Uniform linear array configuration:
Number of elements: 16
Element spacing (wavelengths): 0.5
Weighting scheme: hamming
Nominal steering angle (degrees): -60
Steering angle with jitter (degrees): -58.679
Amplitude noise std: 0.05
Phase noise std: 0.05

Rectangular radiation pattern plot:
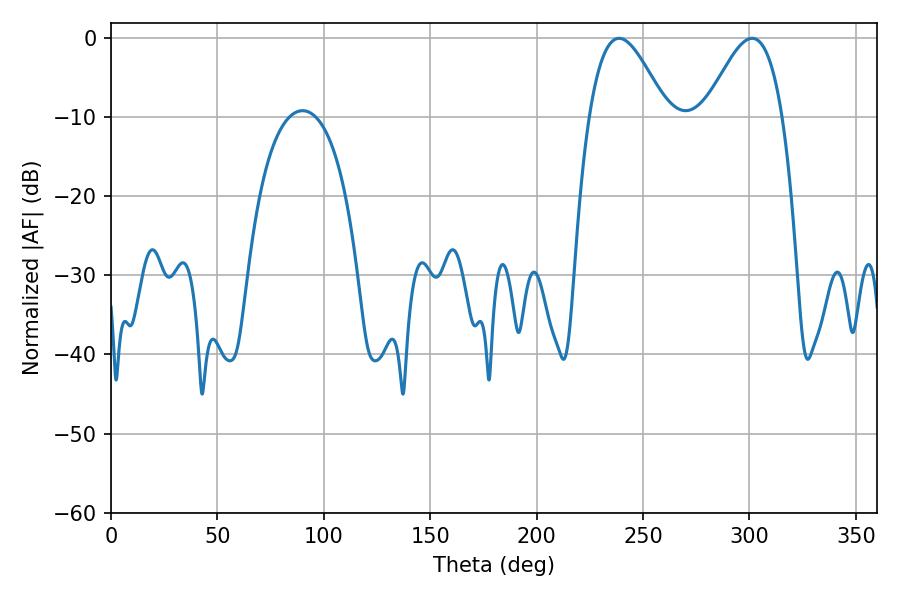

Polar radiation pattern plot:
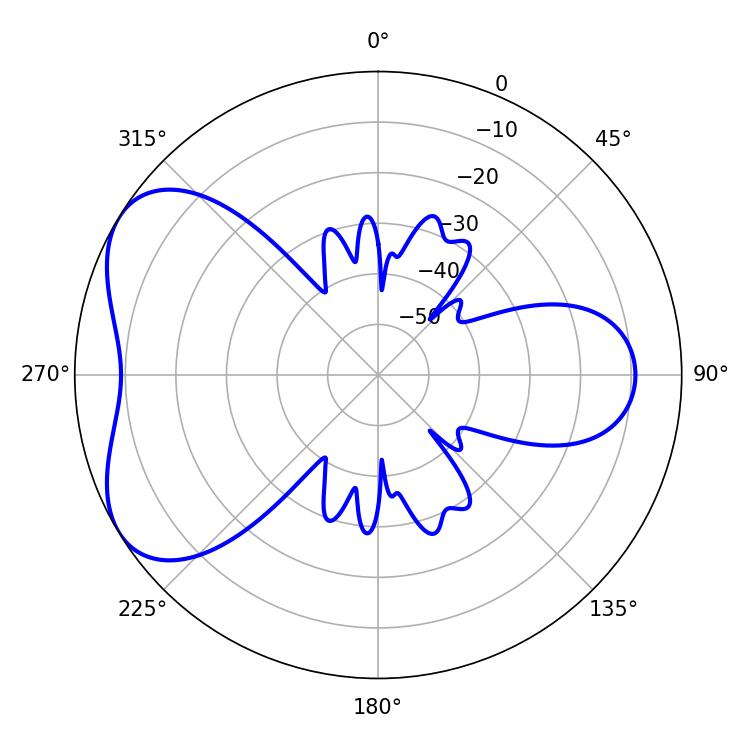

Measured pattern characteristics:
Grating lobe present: FALSE
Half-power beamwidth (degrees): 19.62
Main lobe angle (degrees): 238.68